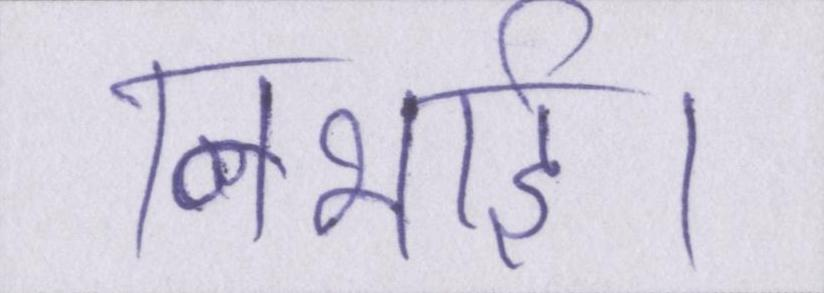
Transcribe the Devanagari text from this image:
निभाई।